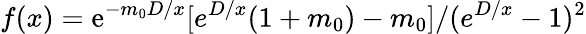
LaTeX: f(x)=\mathrm{e}^{-m_{0}D/x}[e^{D/x}(1+m_{0})-m_{0}]/({e}^{D/x}-1)^{2}